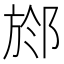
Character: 𣃶